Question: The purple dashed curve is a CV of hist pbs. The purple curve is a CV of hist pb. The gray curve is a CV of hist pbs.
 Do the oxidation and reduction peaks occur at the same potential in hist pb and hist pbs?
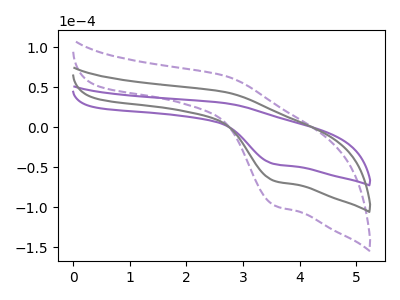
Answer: <think>The purple dashed curve "hist pbs" has an anodic peak at (2.70V, 88.15uA) and a cathodic peak at (3.55V, -134.20uA). The purple curve "hist pb" has an anodic peak at (2.70V, 30.20uA) and a cathodic peak at (3.55V, -46.00uA). The gray curve "hist pbs" has an anodic peak at (2.70V, 44.05uA) and a cathodic peak at (3.55V, -67.10uA).</think>
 <answer>Yes, "hist pb" have a peak in "hist pbs" at the same potential.</answer>
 <eval>match</eval>